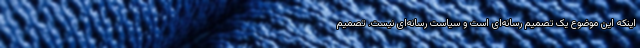
اینکه این موضوع یک تصمیم رسانه‌ای است و سیاست رسانه‌ای نیست. تصمیم